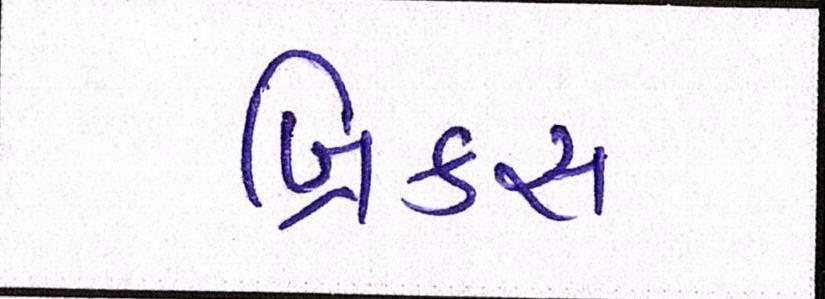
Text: બ્રિક્સ